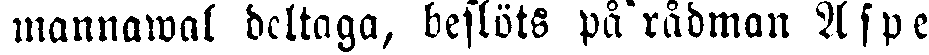
mannawal deltaga, beslöts på rådman Aspe